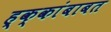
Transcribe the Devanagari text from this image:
ह्क्कांबाबत